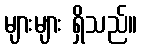
များများ ရှိသည်။